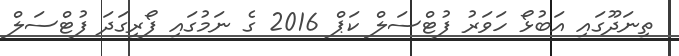
ތިނަދޫގައި އަބުޅޯ ހަވަރު ފުޓްސަލް ކަޕް 2016 ގެ ނަމުގައި ފޯރިގަދަ ފުޓްސަލް